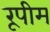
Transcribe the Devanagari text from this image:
रूपीम